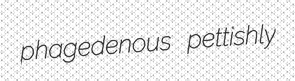
phagedenous pettishly